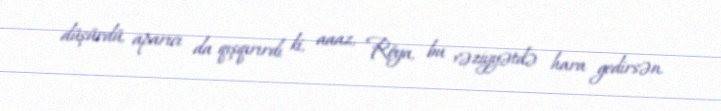
düşürdü, aparıcı da qışqırırdı ki, aaaz, Röya, bu vəziyyətdə hara gedirsən.